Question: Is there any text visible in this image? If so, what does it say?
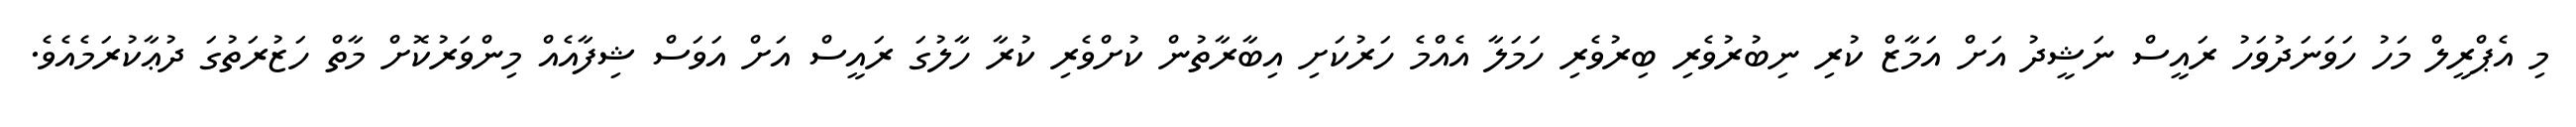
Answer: މި އެޕްރީލް މަހު ހަވަނަދުވަހު ރައީސް ނަޝީދު އަށް އަމާޒް ކުރި ނިބުރުވެރި ބިރުވެރި ހަމަލާ އެއްމެ ހަރުކަށި އިބާރާތުން ކުށްވެރި ކުރާ ހާލުގަ ރައީސް އަށް އަވަސް ޝިފާއެއް މިންވަރުކޮށް މާތް ހަޒުރަތުގަ ދުޢާކުރަމެއެވެ.